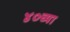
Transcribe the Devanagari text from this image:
४०च्या